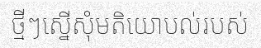
ថ្មីៗស្នើសុំមតិយោបល់របស់